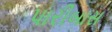
પારીબાસ